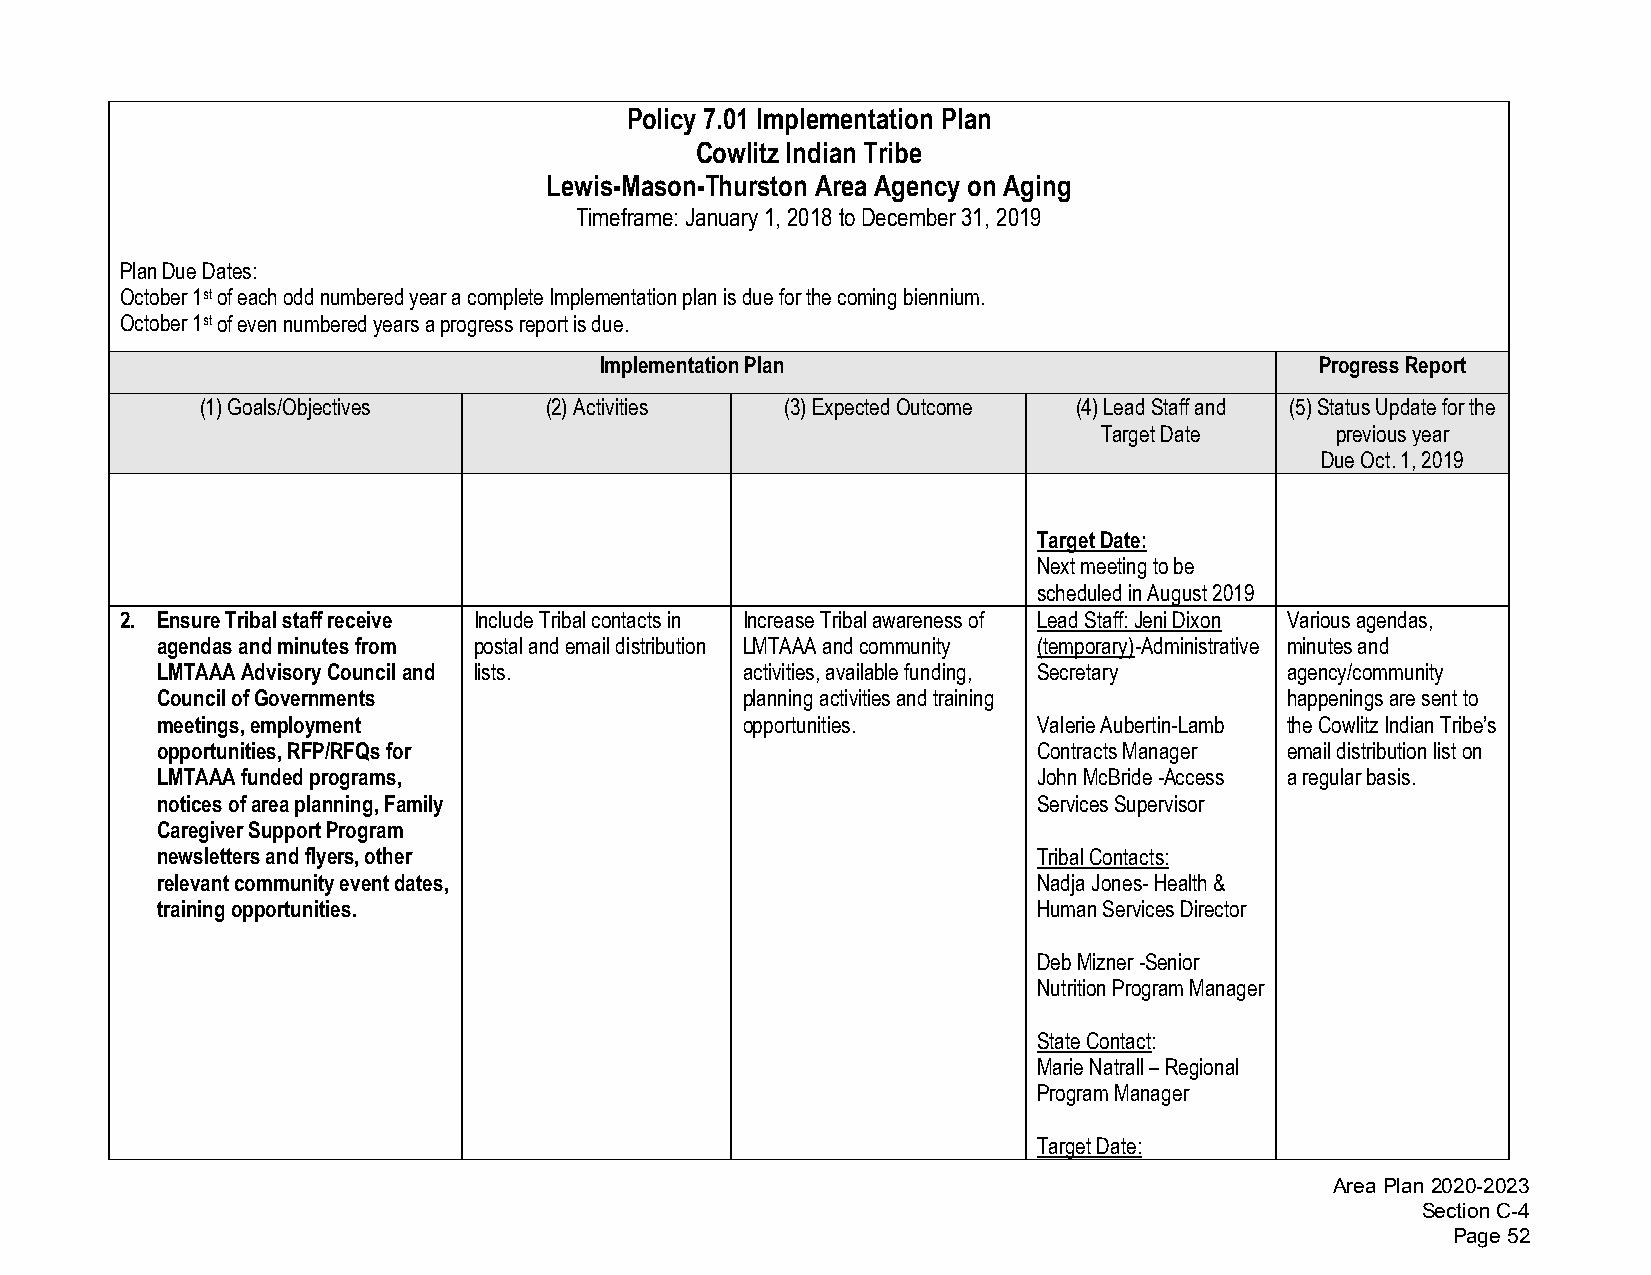
Policy 7.01 Implementation Plan
 Cowlitz Indian Tribe
 Lewis-Mason-Thurston Area Agency on Aging
 Timeframe: January 1, 2018 to December 31, 2019
 Plan Due Dates:
 October 1st of each odd numbered year a complete Implementation plan is due for the coming biennium.
 October 1st of even numbered years a progress report is due.
 Implementation Plan                            Progress Report
 (1)Goals/Objectives    (2)Activities   (3)Expected Outcome (4)Lead Staff and (5)Status Update for the
 Target Date    previous year
 Due Oct. 1, 2019
 Target Date:
 Next meeting to be
 scheduled in August 2019
 2. Ensure Tribal staff receive Include Tribal contacts in Increase Tribal awareness of Lead Staff: Jeni Dixon Various agendas,
 agendas and minutes from postal and email distribution LMTAAA and community (temporary)-Administrative minutes and
 LMTAAA Advisory Council and lists.     activities, available funding, Secretary agency/community
 Council of Governments                 planning activities and training    happenings are sent to
 meetings, employment                   opportunities.      Valerie Aubertin-Lamb the Cowlitz Indian Tribe’s
 opportunities, RFP/RFQs for                                Contracts Manager email distribution list on
 LMTAAA funded programs,                                    John McBride -Access a regular basis.
 notices of area planning, Family                           Services Supervisor
 Caregiver Support Program
 newsletters and flyers, other                              Tribal Contacts:
 relevant community event dates,                            Nadja Jones- Health &
 training opportunities.                                    Human Services Director
 Deb Mizner -Senior
 Nutrition Program Manager
 State Contact:
 Marie Natrall – Regional
 Program Manager
 Target Date:
 Area Plan 2020-2023
 Section C-4
 Page 52